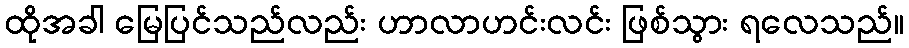
ထိုအခါ မြေပြင်သည်လည်း ဟာလာဟင်းလင်း ဖြစ်သွား ရလေသည်။